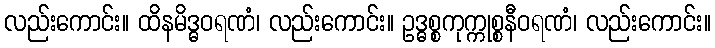
လည်းကောင်း။ ထိနမိဒ္ဓဝရဏံ၊ လည်းကောင်း။ ဥဒ္ဓစ္စကုက္ကုစ္စနီဝရဏံ၊ လည်းကောင်း။